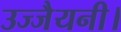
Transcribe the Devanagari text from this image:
उज्जैयनी।